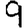
Digit: 9